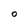
Character: O